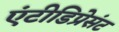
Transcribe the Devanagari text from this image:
एंटीडिप्रेसंट